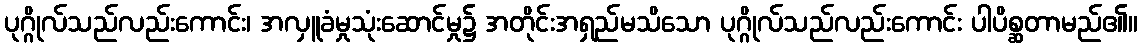
ပုဂ္ဂိုလ်သည်လည်းကောင်း၊ အလှူခံမှုသုံးဆောင်မှု၌ အတိုင်းအရှည်မသိသော ပုဂ္ဂိုလ်သည်လည်းကောင်း ပါပိစ္ဆတာမည်၏။